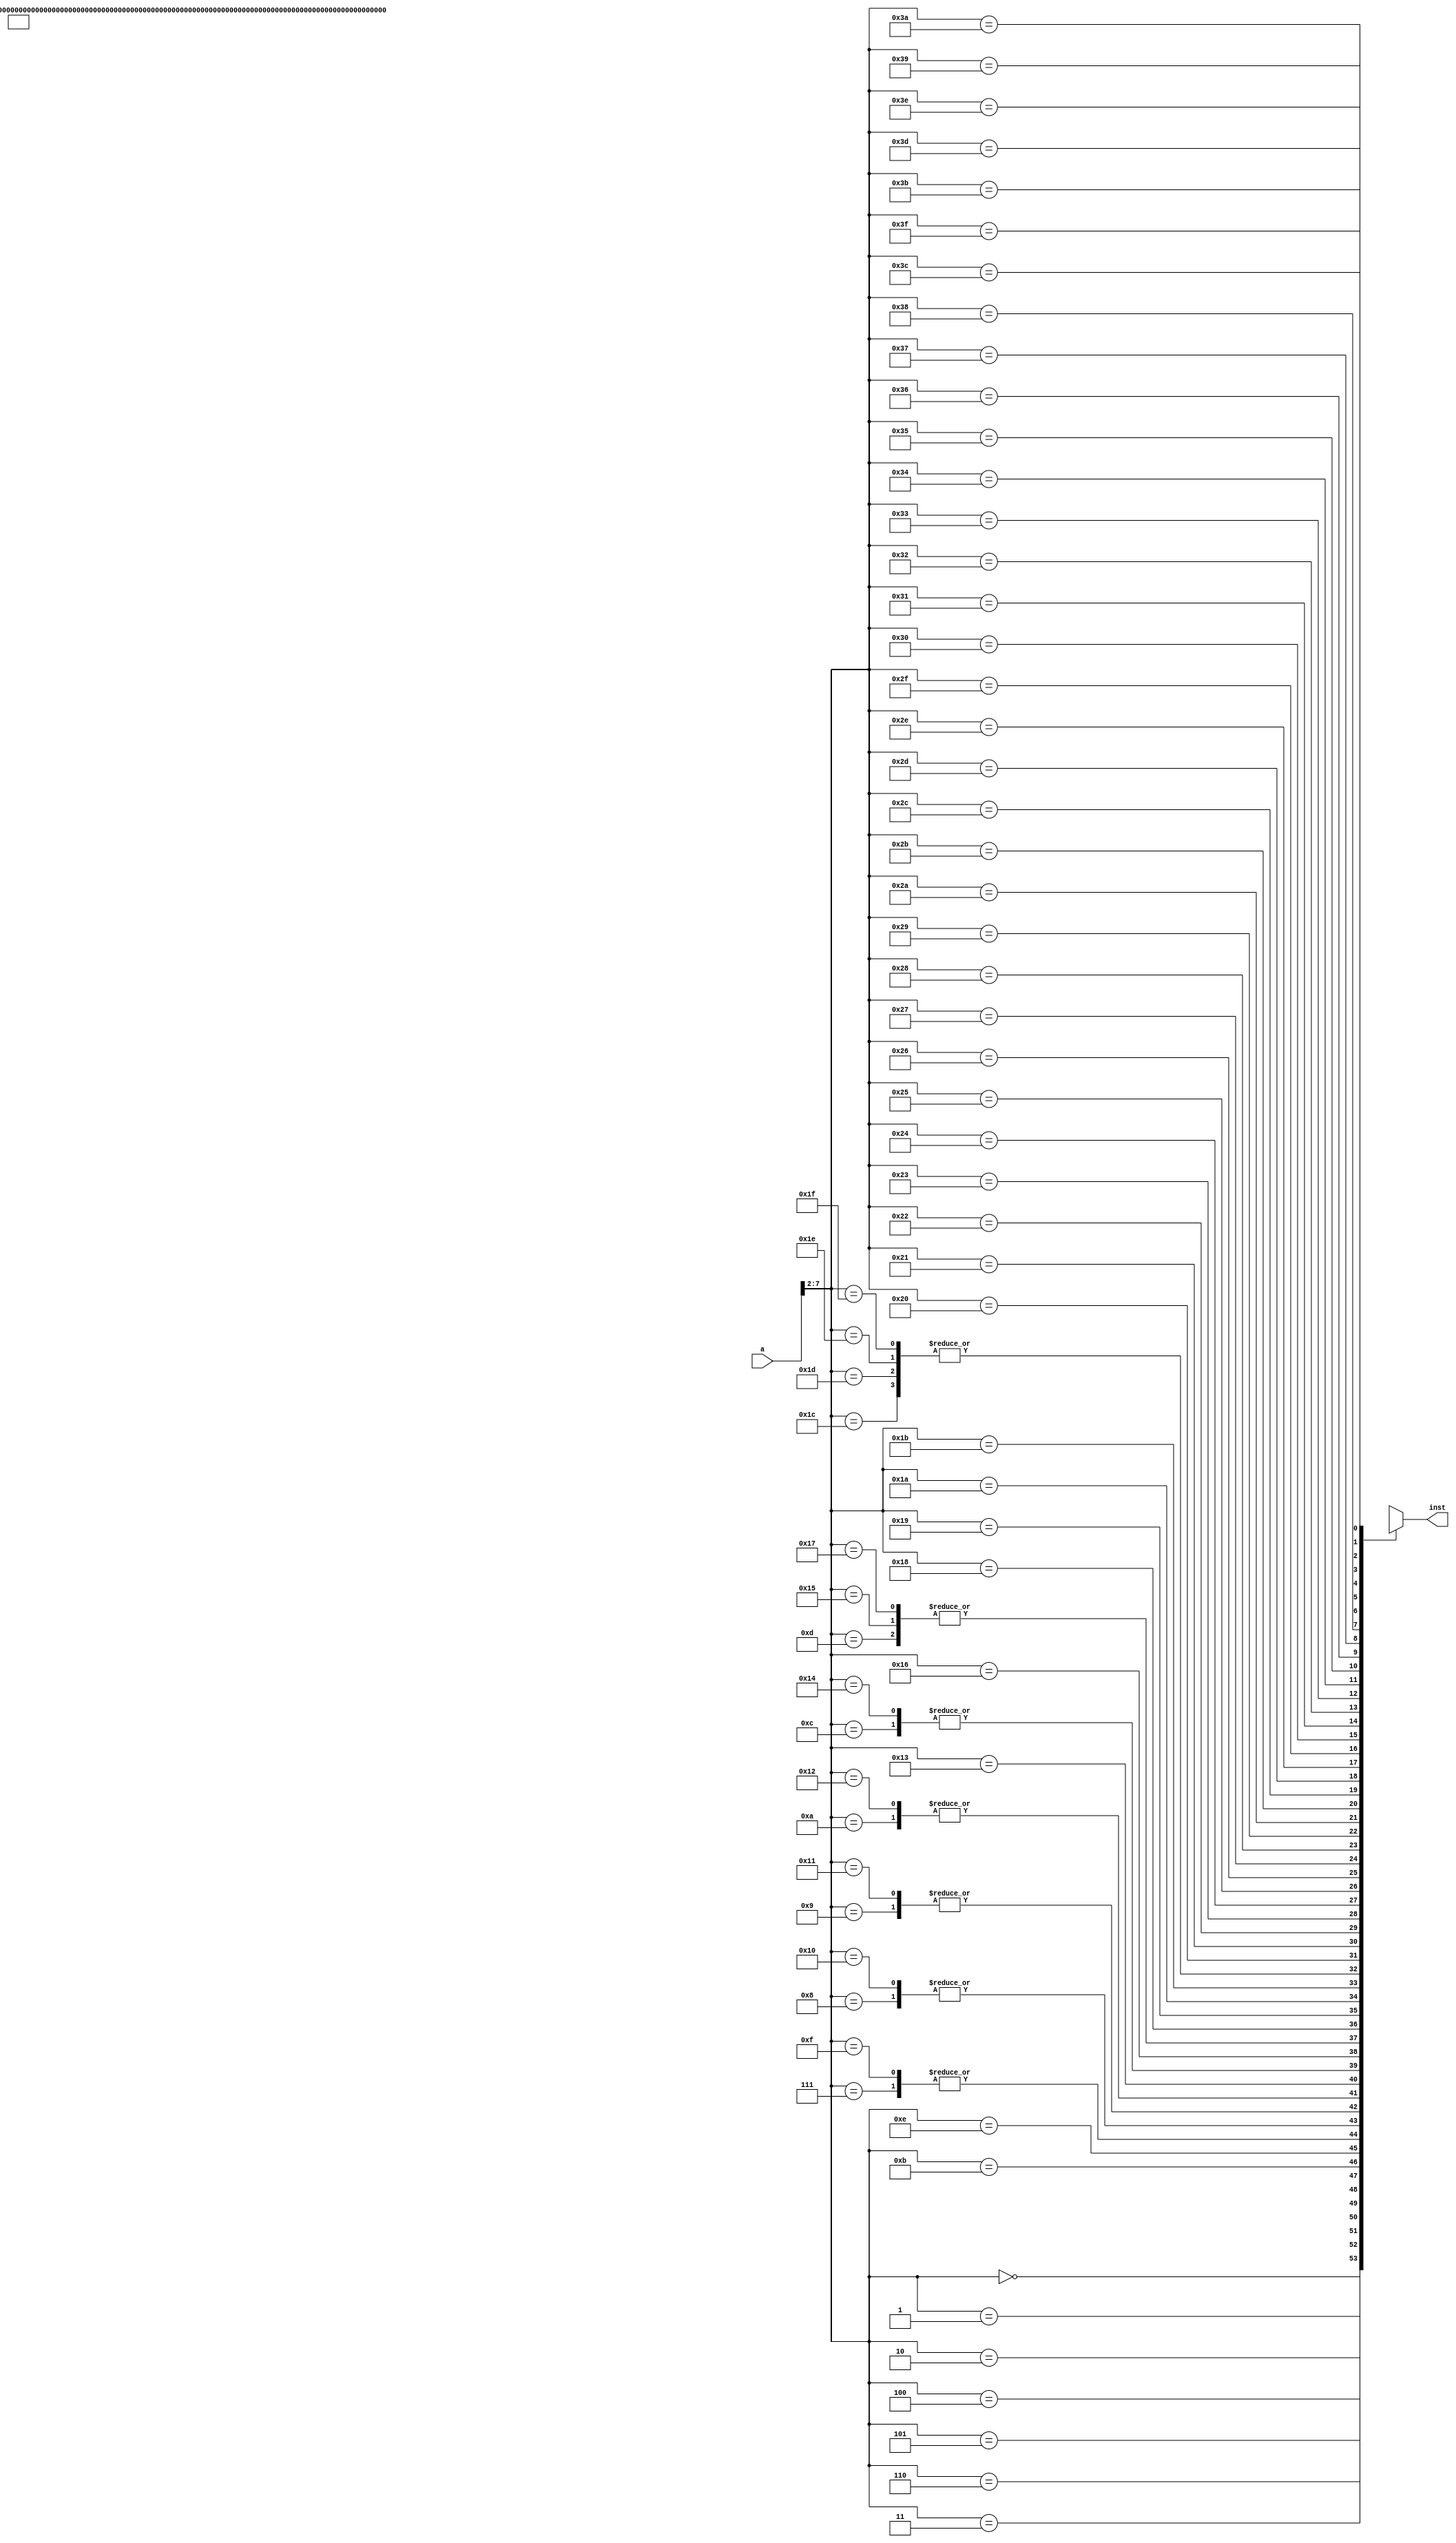
/************************************************
  The Verilog HDL code example is from the book
  Computer Principles and Design in Verilog HDL
  by Yamin Li, published by A JOHN WILEY & SONS
************************************************/
module scinstmem_make_code_break_code (a,inst);   // instruction memory, rom
    input  [31:0] a;                        // address
    output [31:0] inst;                     // instruction
    wire   [31:0] rom [0:63];               // rom cells: 64 words * 32 bits
    assign inst = rom[a[7:2]];              // use word address to read rom
    // rom[word_addr] = instruction
    assign rom[6'h00] = 32'b00111100000000111100000000000000;
    assign rom[6'h01] = 32'b00111100000001001010000000000000;
    assign rom[6'h02] = 32'b10001100100001010000000000000000;
    assign rom[6'h03] = 32'b00110000101001100000000100000000;
    assign rom[6'h04] = 32'b00010000110000001111111111111101;
    assign rom[6'h05] = 32'b00110000101001100000000011111111;
    assign rom[6'h06] = 32'b00000000000001100010100100000010;
    assign rom[6'h07] = 32'b00100000101001111111111111110110;
    assign rom[6'h08] = 32'b00000000000001110011111111000010;
    assign rom[6'h09] = 32'b00010000111000000000000000000010;
    assign rom[6'h0a] = 32'b00100000101001010000000000110000;
    assign rom[6'h0b] = 32'b00001000000000000000000000001101;
    assign rom[6'h0c] = 32'b00100000101001010000000000110111;
    assign rom[6'h0d] = 32'b00001100000000000000000000011001;
    assign rom[6'h0e] = 32'b00110000110001010000000000001111;
    assign rom[6'h0f] = 32'b00100000101001111111111111110110;
    assign rom[6'h10] = 32'b00000000000001110011111111000010;
    assign rom[6'h11] = 32'b00010000111000000000000000000010;
    assign rom[6'h12] = 32'b00100000101001010000000000110000;
    assign rom[6'h13] = 32'b00001000000000000000000000010101;
    assign rom[6'h14] = 32'b00100000101001010000000000110111;
    assign rom[6'h15] = 32'b00001100000000000000000000011001;
    assign rom[6'h16] = 32'b00100000000001010000000000100000;
    assign rom[6'h17] = 32'b00001100000000000000000000011001;
    assign rom[6'h18] = 32'b00001000000000000000000000000010;
    assign rom[6'h19] = 32'b10101100011001010000000000000000;
    assign rom[6'h1a] = 32'b00100000011000110000000000000100;
    assign rom[6'h1b] = 32'b00000011111000000000000000001000;
    assign rom[6'h1c] = 32'b00000000000000000000000000000000;
    assign rom[6'h1d] = 32'b00000000000000000000000000000000;
    assign rom[6'h1e] = 32'b00000000000000000000000000000000;
    assign rom[6'h1f] = 32'b00000000000000000000000000000000;
endmodule